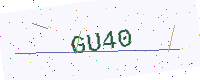
Text: GU40